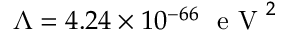
\Lambda = 4 . 2 4 \times 1 0 ^ { - 6 6 } ~ \mathrm { ~ e ~ V ~ } ^ { 2 }